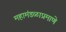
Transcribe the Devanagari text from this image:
महामंडळाप्रमाणे